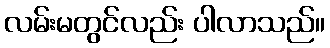
လမ်းမတွင်လည်း ပါလာသည်။